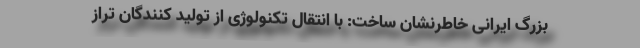
بزرگ ایرانی خاطرنشان ساخت: با انتقال تکنولوژی از تولید کنندگان تراز